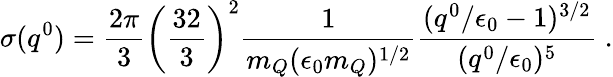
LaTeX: \sigma(q^{0})=\frac{2\pi}{3}\left(\frac{32}{3}\right)^{2}\frac{1}{m_{Q}(\epsilon_{0}m_{Q})^{1/2}}\frac{(q^{0}/\epsilon_{0}-1)^{3/2}}{(q^{0}/\epsilon_{0})^{5}}\; .